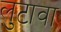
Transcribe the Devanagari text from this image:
लुटावा